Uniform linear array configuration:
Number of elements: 12
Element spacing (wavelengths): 0.75
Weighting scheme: hann
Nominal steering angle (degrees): -45
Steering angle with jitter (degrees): -45.921
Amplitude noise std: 0.05
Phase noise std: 0.05

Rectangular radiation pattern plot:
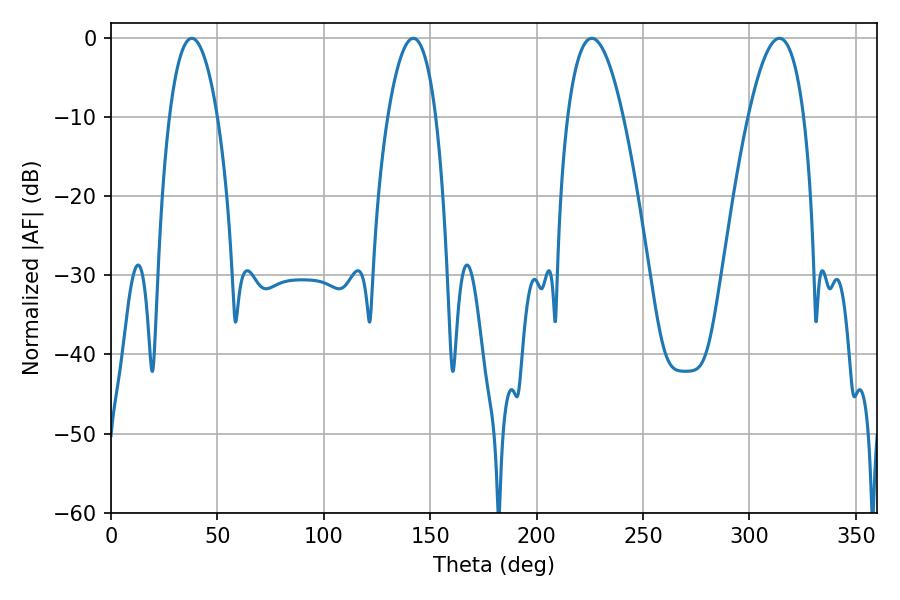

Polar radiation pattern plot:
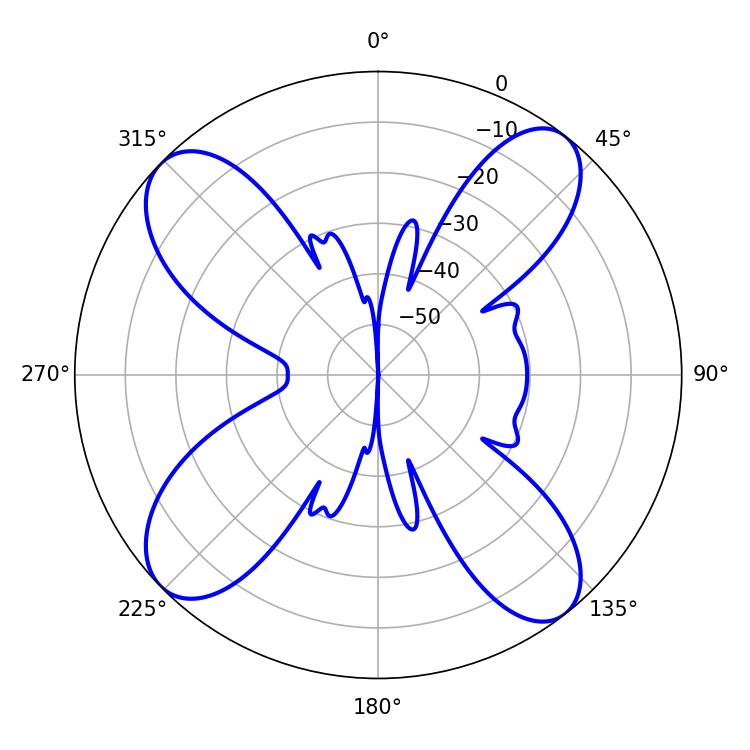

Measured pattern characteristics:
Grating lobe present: TRUE
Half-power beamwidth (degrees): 14.4
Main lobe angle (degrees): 225.9